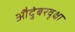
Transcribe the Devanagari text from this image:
औदुंबरवृक्षा